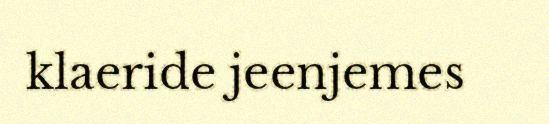
klaeride jeenjemes